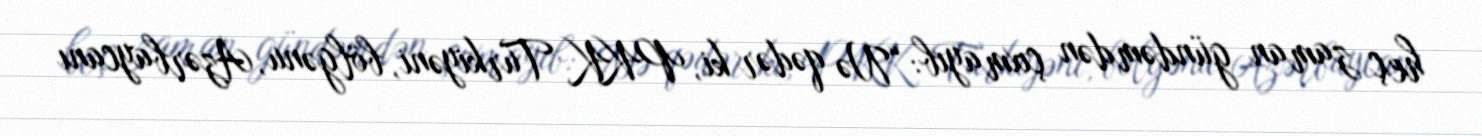
heç zaman gündəmdən çıxmayıb: “Nə qədər ki, PKK Türkiyəni, bölgənu, Azərbaycanı